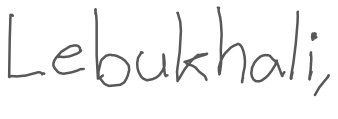
Text: Lebukhali,
Cross-out: clean
Writing tool: digital_gray